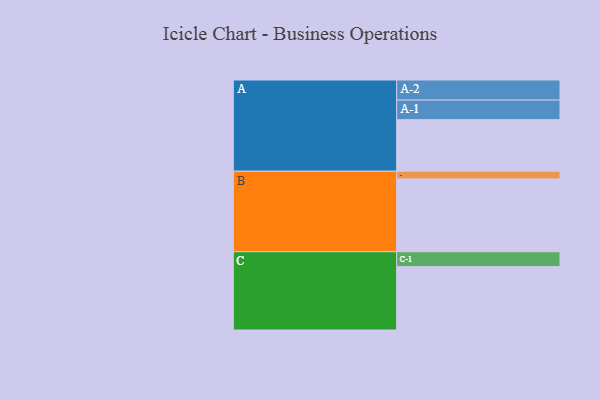
{"axis": {"x": "Segment", "y": "Value"}, "legend": ["", "A", "B", "C"], "data": [{"x": "A", "y": 398, "type": ""}, {"x": "B", "y": 562, "type": ""}, {"x": "C", "y": 489, "type": ""}, {"x": "A-1", "y": 151, "type": "A"}, {"x": "A-2", "y": 155, "type": "A"}, {"x": "B-1", "y": 59, "type": "B"}, {"x": "C-1", "y": 115, "type": "C"}]}